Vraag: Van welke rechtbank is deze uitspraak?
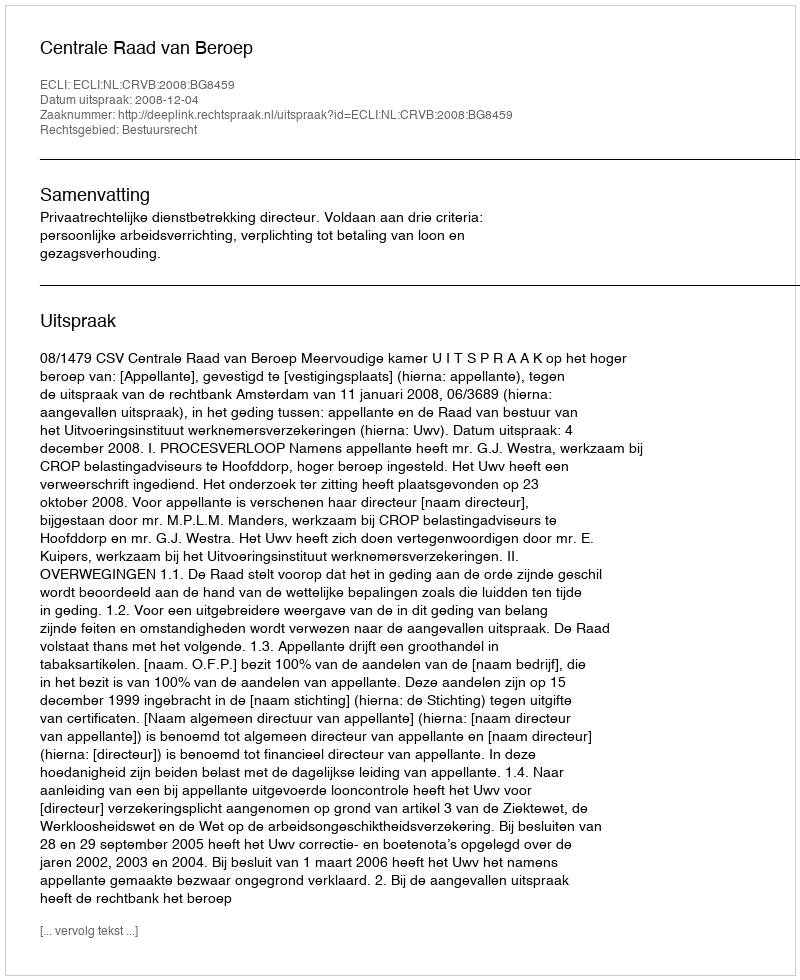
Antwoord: Centrale Raad van Beroep